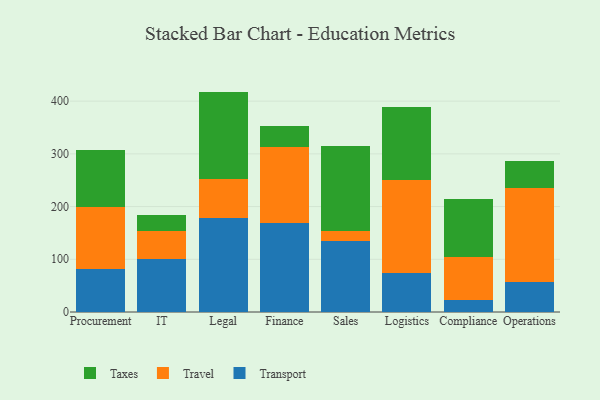
{"axis": {"x": "Department", "y": "Gross Profit (USD K)"}, "legend": ["Taxes", "Transport", "Travel"], "data": [{"x": "Procurement", "y": 81.6, "type": "Transport"}, {"x": "Procurement", "y": 118.4, "type": "Travel"}, {"x": "Procurement", "y": 107.8, "type": "Taxes"}, {"x": "IT", "y": 100.0, "type": "Transport"}, {"x": "IT", "y": 53.7, "type": "Travel"}, {"x": "IT", "y": 30.2, "type": "Taxes"}, {"x": "Legal", "y": 178.6, "type": "Transport"}, {"x": "Legal", "y": 74.1, "type": "Travel"}, {"x": "Legal", "y": 165.4, "type": "Taxes"}, {"x": "Finance", "y": 169.2, "type": "Transport"}, {"x": "Finance", "y": 144.0, "type": "Travel"}, {"x": "Finance", "y": 38.9, "type": "Taxes"}, {"x": "Sales", "y": 135.2, "type": "Transport"}, {"x": "Sales", "y": 19.1, "type": "Travel"}, {"x": "Sales", "y": 161.1, "type": "Taxes"}, {"x": "Logistics", "y": 73.1, "type": "Transport"}, {"x": "Logistics", "y": 176.6, "type": "Travel"}, {"x": "Logistics", "y": 139.7, "type": "Taxes"}, {"x": "Compliance", "y": 22.8, "type": "Transport"}, {"x": "Compliance", "y": 82.1, "type": "Travel"}, {"x": "Compliance", "y": 109.4, "type": "Taxes"}, {"x": "Operations", "y": 56.0, "type": "Transport"}, {"x": "Operations", "y": 179.9, "type": "Travel"}, {"x": "Operations", "y": 50.7, "type": "Taxes"}]}